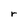
Character: r